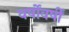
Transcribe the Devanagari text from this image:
वर्षोंवर्षीं